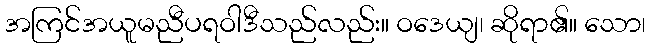
အကြင်အယူမညီပရဝါဒီသည်လည်း။ ဝဒေယျ၊ ဆိုရာ၏။ သော၊